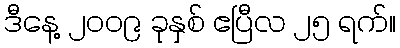
ဒီနေ့ ၂၀၀၉ ခုနှစ် ဧပြီလ ၂၅ ရက်။